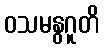
ဝသမနွဂူတိ